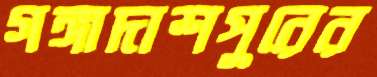
গঙ্গাদাশপুরের